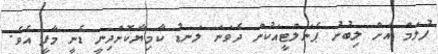
ފުލަމް އަށް ލިބުނު ޕެނަލްޓީއަކުން ދެވަނަ ލަނޑު ކާމިޔާކޮށްދިނީ ޑެނީ މާފީ އެވެ.